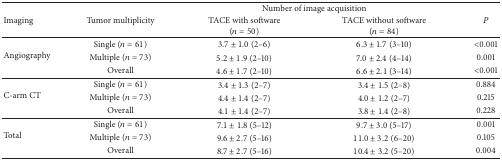
<table><thead><tr><td rowspan="2"><b>Imaging</b></td><td rowspan="2"><b>Tumor multiplicity</b></td><td colspan="2"><b>Number of image acquisition</b></td><td rowspan="2"><b><i>P</i></b></td></tr><tr><td><b>TACE with software (<i>n</i> = 50)</b></td><td><b>TACE without software (<i>n</i> = 84)</b></td></tr></thead><tbody><tr><td rowspan="3">Angiography</td><td>Single (<i>n</i> = 61)</td><td>3.7 ± 1.0 (2–6)</td><td>6.3 ± 1.7 (3–10)</td><td>&lt;0.001</td></tr><tr><td>Multiple (<i>n</i> = 73)</td><td>5.2 ± 1.9 (2–10)</td><td>7.0 ± 2.4 (4–14)</td><td>0.001</td></tr><tr><td>Overall</td><td>4.6 ± 1.7 (2–10)</td><td>6.6 ± 2.1 (3–14)</td><td>&lt;0.001</td></tr><tr><td rowspan="3">C-arm CT</td><td>Single (<i>n</i> = 61)</td><td>3.4 ± 1.3 (2–7)</td><td>3.4 ± 1.5 (2–8)</td><td>0.884</td></tr><tr><td>Multiple (<i>n</i> = 73)</td><td>4.4 ± 1.4 (2–7)</td><td>4.0 ± 1.2 (2–7)</td><td>0.215</td></tr><tr><td>Overall</td><td>4.1 ± 1.4 (2–7)</td><td>3.8 ± 1.4 (2–8)</td><td>0.228</td></tr><tr><td rowspan="3">Total</td><td>Single (<i>n</i> = 61)</td><td>7.1 ± 1.8 (5–12)</td><td>9.7 ± 3.0 (5–17)</td><td>0.001</td></tr><tr><td>Multiple (<i>n</i> = 73)</td><td>9.6 ± 2.7 (5–16)</td><td>11.0 ± 3.2 (6–20)</td><td>0.105</td></tr><tr><td>Overall</td><td>8.7 ± 2.7 (5–16)</td><td>10.4 ± 3.2 (5–20)</td><td>0.004</td></tr></tbody></table>